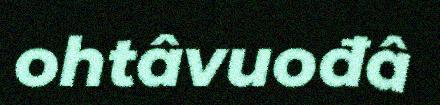
ohtâvuođâ